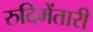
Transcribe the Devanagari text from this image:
रुदिमेंतारी